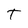
Character: T